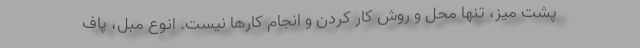
پشت میز، تنها محل و روش کار کردن و انجام کارها نیست. انوع مبل، پاف